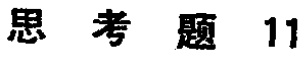
思考题 11